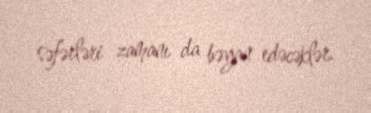
səfərləri zamanı da bəyan edəcəklər.